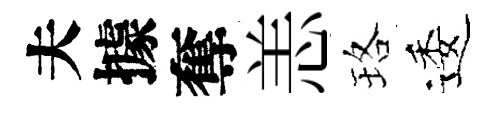
夫據奪恙珞逶